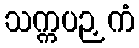
သက္ကပဉှကံ